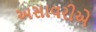
અસાવરીએ